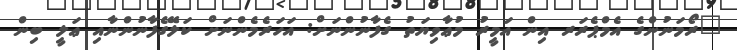
"ރޯމަނުންގެ އެމްޕެރަރ އިން އަމީރު މުޢާވިޔަތު ގެފާނުންނަށް: އަހަރެމެންނަށް ކަލޭގެފާނުންނާއި ޢަލީ ބިން